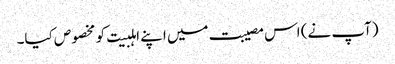
(آپ نے) اس مصیبت میں اپنے اہلبیت کو مخصوص کیا۔